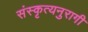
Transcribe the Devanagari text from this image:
संस्कृत्यनुरागी